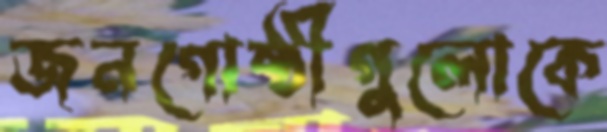
জনগোষ্ঠীগুলোকে